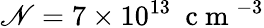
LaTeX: \mathscr{N}=7\times10^{13}~\mathrm{{~c~m~}}^{-3}